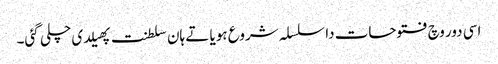
اسی دور وچ فتوحات دا سلسلہ شروع ہویا تے ہان سلطنت پھیلدی چلی گئی۔